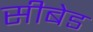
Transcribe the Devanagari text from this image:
सीबेड